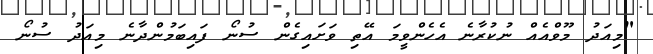
"މިއަދު މޫވްއެއް ނުކުރާނެ އެހެންވީމަ އޭތި ވަށައިގެން ސުނޯ ފައިބަމުންދާނެ މިއަދު ސުނޯ